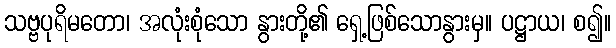
သဗ္ဗပုရိမတော၊ အလုံးစုံသော နွားတို့၏ ရှေ့ဖြစ်သောနွားမှ။ ပဋ္ဌာယ၊ စ၍။